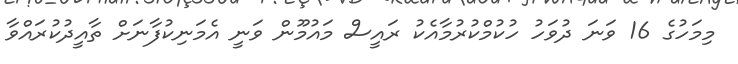
މިމަހުގެ 16 ވަނަ ދުވަހު ހުކުމްކުރުމާއެކު ރައީސް މައުމޫން ވަނީ އެމަނިކުފާނަށް ތާއީދުކުރައްވާ